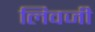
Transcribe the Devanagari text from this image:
लिवजी